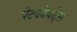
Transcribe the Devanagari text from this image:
पेटकोपदेस